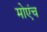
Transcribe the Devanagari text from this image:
मोएंच